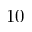
1 0